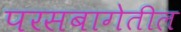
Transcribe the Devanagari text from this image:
परसबागेतील